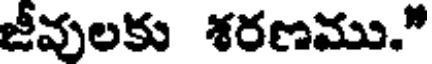
జీవులకు శరణము."